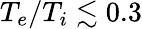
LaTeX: T_{e}/T_{i}\lesssim 0.3